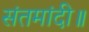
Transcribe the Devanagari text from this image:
संतमांदी॥